system: You are a helpful assistant.
user:
Analyze the provided spectrum to determine if it is a **M-type Giant (gM)**.

A M-type Giant spectrum is defined by its **strong molecular absorption** features, particularly from **Titanium Oxide (TiO)**. You must check for one of the following mutually exclusive signatures:

- **Key Visual Indicators (Absorption-Dominated Spectrum):**

    - **(Primary):** The spectrum is dominated by strong molecular absorption from **Titanium Oxide (TiO)**. This is the **defining feature** of its M-type temperature class.
        - **(Key Bandheads):** Look for sharp, "saw-tooth" absorption valleys. The strongest are located near **~7050 Å**, **~6160 Å**, and **~5170 Å**.
        - **(Line Profile):** The "saw-tooth" morphology is critical: a **sharp, steep drop on the BLUE (short-wavelength) side** of the bandhead, followed by a gradual recovery (rising flux) towards the RED (long-wavelength) side.

    - **(Key Confirmation - Giant vs. Dwarf):** **ABSENCE** of strong **Calcium Hydride (CaH)** molecular bands. This is the primary diagnostic for *excluding* M-dwarfs.
        - **(Key Region):** The spectrum should lack the strong, broad absorption band seen in dwarfs between **~6800 Å and ~7000 Å**.

    - **(Secondary Confirmation - Giant):** A very strong and broad **Neutral Calcium (Ca I)** atomic absorption line.
        - **(Key Line):** Located at **~4226 Å**. In a giant (gM), this line is significantly deeper and broader than the same line in an M-dwarf (dM) due to low surface gravity.

    - **(Overall Spectrum):**
        - The continuum is **extremely red-sloping** (i.e., flux is very low in the blue and rises dramatically towards the red).
        - The entire spectrum appears "chopped up" by the deep TiO bands.

Think first, call **spectral_visualization_tool** if needed to examine features in detail, then provide your final answer. Your response must adhere to the following strict rules:
1.  **Overall Structure:** Your response must follow the format `<think>...</think> <tool_call>...</tool_call> (if a tool is used) <answer>...</answer>`.
2.  **Tool Usage Constraint:** You may only make **one** tool call per turn.
3.  **Final Answer Format:** In the `<answer>` tag, your conclusion must be inside a `\boxed{}` command (e.g., `\boxed{YES}` or `\boxed{NO}`), followed by your justification.

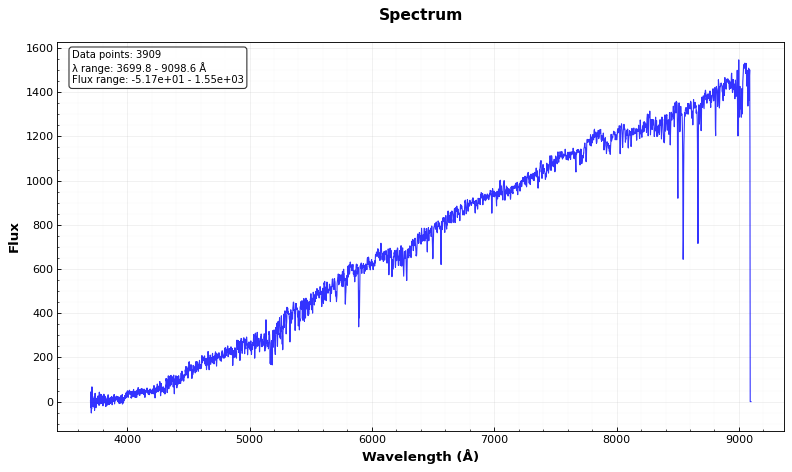
Answer: NO